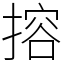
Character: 搈